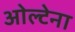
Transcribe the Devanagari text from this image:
ओल्टेना